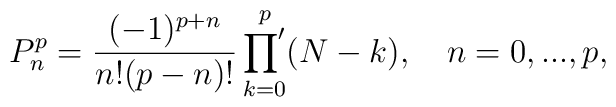
P_n^p = \frac{(-1)^{p+n}}{n!(p-n)!}\mathop{{\prod}'}_{k=0}^p(N-k),\quad n=0,...,p,